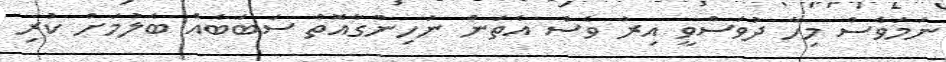
ނަމަވެސް މިހާ ދުވަސްވީ އިރު ވެސް އެތަން ނުހިންގާއޮތް ސަބަބެއް ބެލުމަށް ކުރި